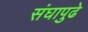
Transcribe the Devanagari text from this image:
संघापुढे